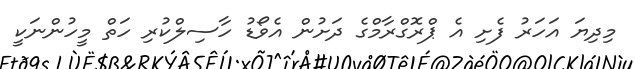
މިދިޔަ އަހަރު ފެށި އެ ޕްރޮގްރާމްގެ ދަށުން އެވޯޑު ހާސިލްކުރި ހަތް މީހުންނަކީ